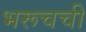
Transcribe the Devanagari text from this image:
भरूचची